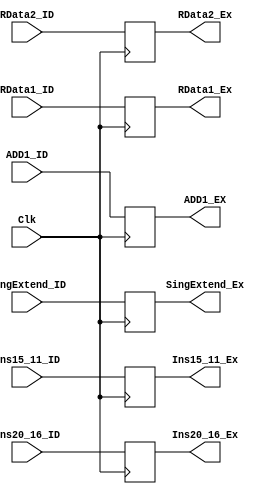
`timescale 1ns/1ns


module ID_EX (

			//Inp
			input [31:0] ADD1_ID,
            input [31:0] RData1_ID,
			input [31:0] RData2_ID,
            input [31:0] SingExtend_ID,
			input [4:0] Ins20_16_ID,
			input [4:0] Ins15_11_ID,
			input Clk,
			
			//Out
			output reg [31:0] ADD1_EX,
			output reg [31:0] RData1_Ex,
			output reg [31:0] RData2_Ex,
			output reg [31:0] SingExtend_Ex,
			output reg [4:0] Ins20_16_Ex,
			output reg [4:0] Ins15_11_Ex
			            
);

always @ (posedge Clk)

begin
		

	ADD1_EX = ADD1_ID;
	RData1_Ex = RData1_ID;
	RData2_Ex = RData2_ID;
	SingExtend_Ex = SingExtend_ID;
	Ins20_16_Ex = Ins20_16_ID;
	Ins15_11_Ex = Ins15_11_ID;


		
end

endmodule